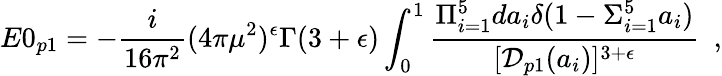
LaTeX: E0_{p1}=-{\frac{i}{16\pi^{2}}}(4\pi\mu^{2})^{\epsilon}\Gamma(3+\epsilon)\int_{0}^{1}{\frac{\Pi_{i=1}^{5}da_{i}\delta(1-\Sigma_{i=1}^{5}a_{i})}{[{\cal D}_{p1}(a_{i})]^{3+\epsilon}}}\, \, \, ,